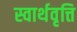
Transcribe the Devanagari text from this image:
स्वार्थवृत्ति